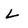
Character: L